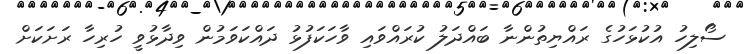
ސޯލިހު އުކުޅަހުގެ ރައްޔިތުންނާ ބައްދަލު ކުރައްވައި ވާހަކަފުޅު ދައްކަވަމުން ވިދާޅުވީ ހުރިހާ ރަށަކަށް